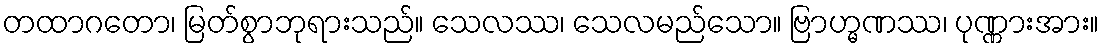
တထာဂတော၊ မြတ်စွာဘုရားသည်။ သေလဿ၊ သေလမည်သော။ ဗြာဟ္မဏဿ၊ ပုဏ္ဏားအား။